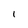
Character: 1